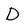
Character: D